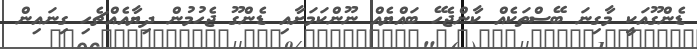
ޑެންގޫއަކީ މާގިނަ ބޭސްތަކެއް ކާންޖެހޭ ބައްޔެއް ނޫންކަމަށާއި ޑެންގޫ ޖެހުމުން ދިޔާއެއްޗެހި ގިނައިން